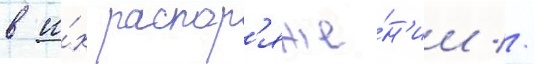
в и́х распор'яже́н'ии //